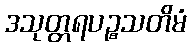
ဒသုတ္တရပဉ္စသတိမံ